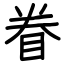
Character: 眷